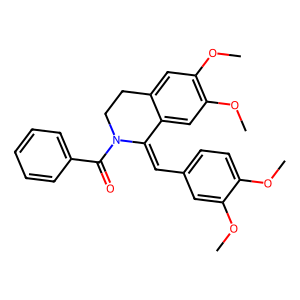
SMILES: COc1ccc(C=C2c3cc(OC)c(OC)cc3CCN2C(=O)c2ccccc2)cc1OC
Inhibits HIV replication: No